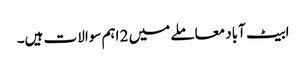
ابیٹ آباد معاملے میں 2 اہم سوالات ہیں۔